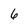
Character: 6